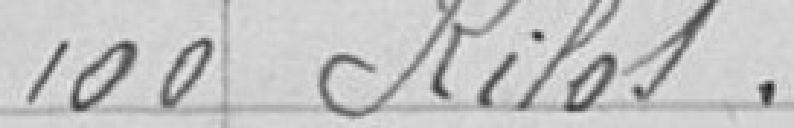
100 kilos.